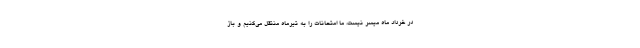
در خرداد ماه میسر نیست، ما امتحانات را به تیرماه منتقل می‌کنیم و باز